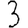
Digit: 3